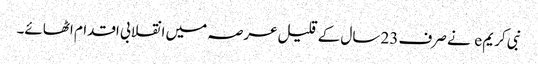
نبی کریم e نے صرف 23 سال کے قلیل عرصہ میں انقلابی اقدام اٹھائے۔